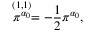
\stackrel { ( 1 , 1 ) } { \pi ^ { \alpha _ { 0 } } } = - { \frac { 1 } { 2 } } \pi ^ { \alpha _ { 0 } } ,